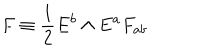
LaTeX: F \equiv { \frac { 1 } { 2 } } E ^ { b } \wedge E ^ { a } F _ { a b }